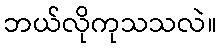
ဘယ်လိုကုသသလဲ။